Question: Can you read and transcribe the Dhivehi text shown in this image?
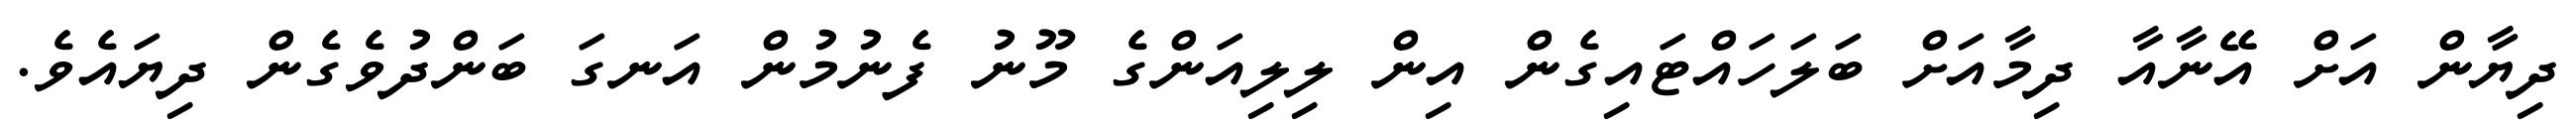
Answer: ދިޔާން އަށް އޭނާއާ ދިމާއަށް ބަލަހައްޓައިގެން އިން ލިލިއަންގެ މޫނު ފެނުމުން އަނގަ ބަންދުވެގެން ދިޔައެވެ.